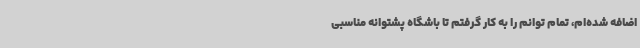
اضافه شده‌ام، تمام توانم را به کار گرفتم تا باشگاه پشتوانه مناسبی